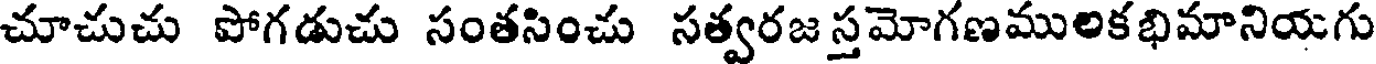
చూచుచు పోగడుచు సంతసించు సత్వరజ స్తమోగణములకభిమానియగు